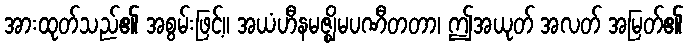
အားထုတ်သည်၏ အစွမ်းဖြင့်။ အယံဟီနမဇ္ဈိမပဏီတတာ၊ ဤအယုတ် အလတ် အမြတ်၏